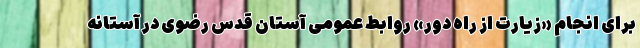
برای انجام «زیارت از راه دور» روابط عمومی آستان قدس رضوی در آستانه